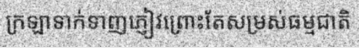
ក្រឡាទាក់ទាញភ្ញៀវព្រោះតែសម្រស់ធម្មជាតិ